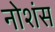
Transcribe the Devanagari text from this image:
नोशंस